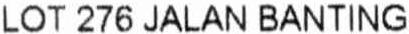
LOT 276 JALAN BANTING